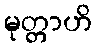
မုတ္တာဟိ